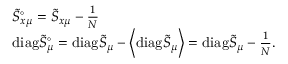
\begin{array} { r l } & { \tilde { S } _ { x \mu } ^ { \circ } = \tilde { S } _ { x \mu } - \frac { 1 } { N } } \\ & { \mathrm { d i a g } \tilde { S } _ { \mu } ^ { \circ } = \mathrm { d i a g } \tilde { S } _ { \mu } - \left\langle { \mathrm { d i a g } \tilde { S } _ { \mu } } \right\rangle = \mathrm { d i a g } \tilde { S } _ { \mu } - \frac { 1 } { N } . } \end{array}